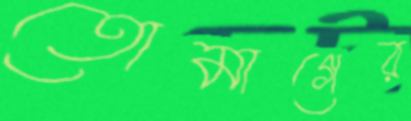
তোমাগের